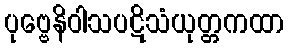
ပုဗ္ဗေနိဝါသပဋိသံယုတ္တကထာ